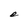
Character: e